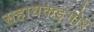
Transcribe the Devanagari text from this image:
सहायकइगोर